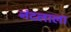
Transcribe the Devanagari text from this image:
नंदलाला